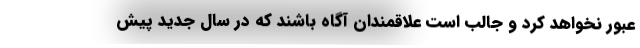
عبور نخواهد کرد و جالب است علاقمندان آگاه باشند که در سال جدید پیش